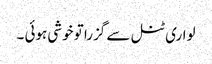
لواری ٹنل سے گزرا تو خوشی ہوئی ۔